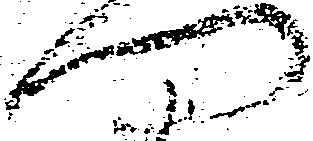
門